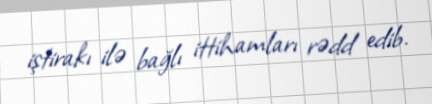
iştirakı ilə bağlı ittihamları rədd edib.